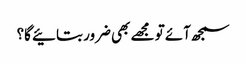
سمجھ آئے تو مجھے بھی ضرور بتائیے گا؟